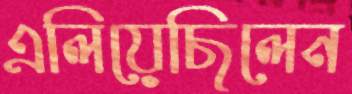
এলিয়েছিলেন